Problem: 16 + 15 = ?
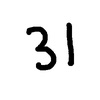
Handwritten answer: 31